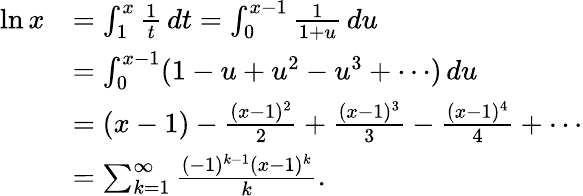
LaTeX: {\begin{array}{rl}{\ln x}&{=\int_{1}^{x}{\frac{1}{t}}\, dt=\int_{0}^{x-1}{\frac{1}{1+u}}\, du}\\ &{=\int_{0}^{x-1}(1-u+u^{2}-u^{3}+\cdots)\, du}\\ &{=(x-1)-{\frac{(x-1)^{2}}{2}}+{\frac{(x-1)^{3}}{3}}-{\frac{(x-1)^{4}}{4}}+\cdots}\\ &{=\sum_{k=1}^{\infty}{\frac{(-1)^{k-1}(x-1)^{k}}{k}}.}\end{array}}